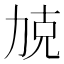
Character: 𱐰